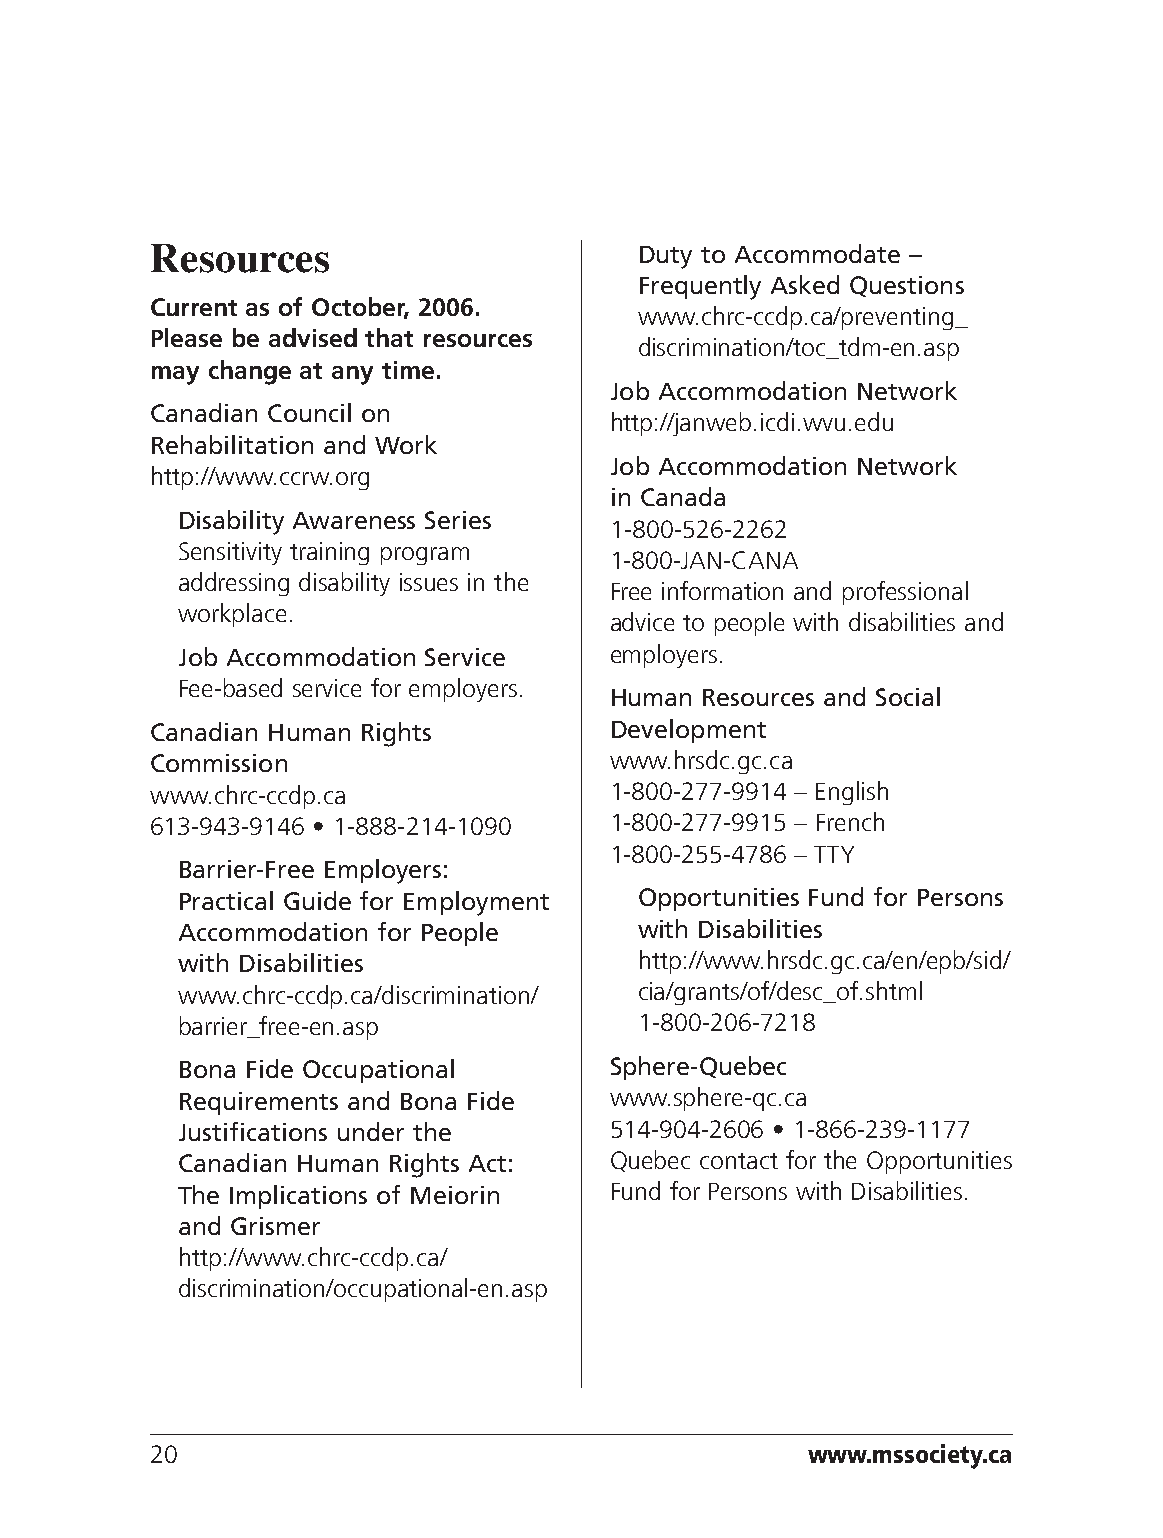
Resources                       Duty to Accommodate –
 Frequently Asked Questions
 Current as of October, 2006.
 www.chrc-ccdp.ca/preventing_
 Please be advised that resources
 discrimination/toc_tdm-en.asp
 may change at any time.
 Job Accommodation Network
 Canadian Council on
 http://janweb.icdi.wvu.edu
 Rehabilitation and Work
 Job Accommodation Network
 http://www.ccrw.org
 in Canada
 Disability Awareness Series
 1-800-526-2262
 Sensitivity training program
 1-800-JAN-CANA
 addressing disability issues in the
 Free information and professional
 workplace.
 advice to people with disabilities and
 Job Accommodation Service   employers.
 Fee-based service for employers.
 Human Resources and Social
 Canadian Human Rights         Development
 Commission                    www.hrsdc.gc.ca
 www.chrc-ccdp.ca              1-800-277-9914 – English
 613-943-9146 • 1-888-214-1090 1-800-277-9915 – French
 1-800-255-4786 – TTY
 Barrier-Free Employers:
 Practical Guide for Employment Opportunities Fund for Persons
 Accommodation for People      with Disabilities
 with Disabilities             http://www.hrsdc.gc.ca/en/epb/sid/
 www.chrc-ccdp.ca/discrimination/ cia/grants/of/desc_of.shtml
 barrier_free-en.asp           1-800-206-7218
 Bona Fide Occupational      Sphere-Quebec
 Requirements and Bona Fide  www.sphere-qc.ca
 Justifications under the    514-904-2606 • 1-866-239-1177
 Canadian Human Rights Act:  Quebec contact for the Opportunities
 The Implications of Meiorin Fund for Persons with Disabilities.
 and Grismer
 http://www.chrc-ccdp.ca/
 discrimination/occupational-en.asp
 20                                         www.mssociety.ca